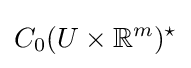
C_{0}(U\times \mathbb {R} ^{m})^{\star }